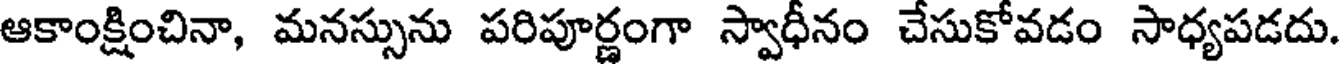
ఆకాంక్షించినా, మనస్సును పరిపూర్ణంగా స్వాధీనం చేసుకోవడం సాధ్యపడదు.